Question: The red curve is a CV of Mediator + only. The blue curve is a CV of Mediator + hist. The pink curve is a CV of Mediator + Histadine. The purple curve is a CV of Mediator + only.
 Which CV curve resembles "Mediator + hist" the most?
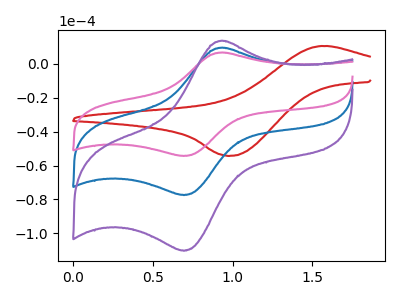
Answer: <think>The red curve "Mediator + only" has an anodic peak at (1.55V, 10.50uA) and a cathodic peak at (1.00V, -54.35uA). The blue curve "Mediator + hist" has an anodic peak at (0.95V, 9.50uA) and a cathodic peak at (0.70V, -77.45uA). The pink curve "Mediator + Histadine" has an anodic peak at (0.95V, 6.70uA) and a cathodic peak at (0.70V, -54.35uA). The purple curve "Mediator + only" has an anodic peak at (0.95V, 19.05uA) and a cathodic peak at (0.70V, -154.85uA).
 "Mediator + only" and "Mediator + hist" have at least one peak that do not match. "Mediator + only" and "Mediator + Histadine" have at least one peak that do not match. "Mediator + only" and "Mediator + only" have at least one peak that do not match. All the peaks in "Mediator + hist" have a peak in "Mediator + Histadine" at the same potential. Every peak in "Mediator + hist" is higher than every peak in "Mediator + Histadine". All the peaks in "Mediator + hist" have a peak in "Mediator + only" at the same potential. Every peak in "Mediator + hist" is lower than every peak in "Mediator + only". All the peaks in "Mediator + Histadine" have a peak in "Mediator + only" at the same potential. Every peak in "Mediator + Histadine" is lower than every peak in "Mediator + only".</think>
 <answer>"Mediator + hist" and "Mediator + only" have a similar shape to "Mediator + Histadine".</answer>
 <eval>"Mediator + hist" "Mediator + only"</eval>